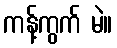
ကန့်ကွက် မဲ။